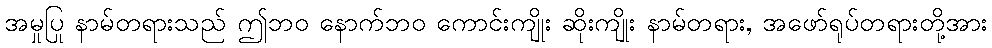
အမှုပြု နာမ်တရားသည် ဤဘဝ နောက်ဘဝ ကောင်းကျိုး ဆိုးကျိုး နာမ်တရား, အဖော်ရုပ်တရားတို့အား